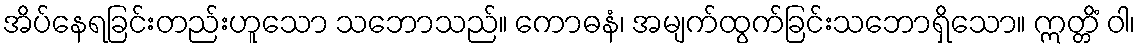
အိပ်နေရခြင်းတည်းဟူသော သဘောသည်။ ကောဓနံ၊ အမျက်ထွက်ခြင်းသဘောရှိသော။ ဣတ္တိံ ဝါ၊